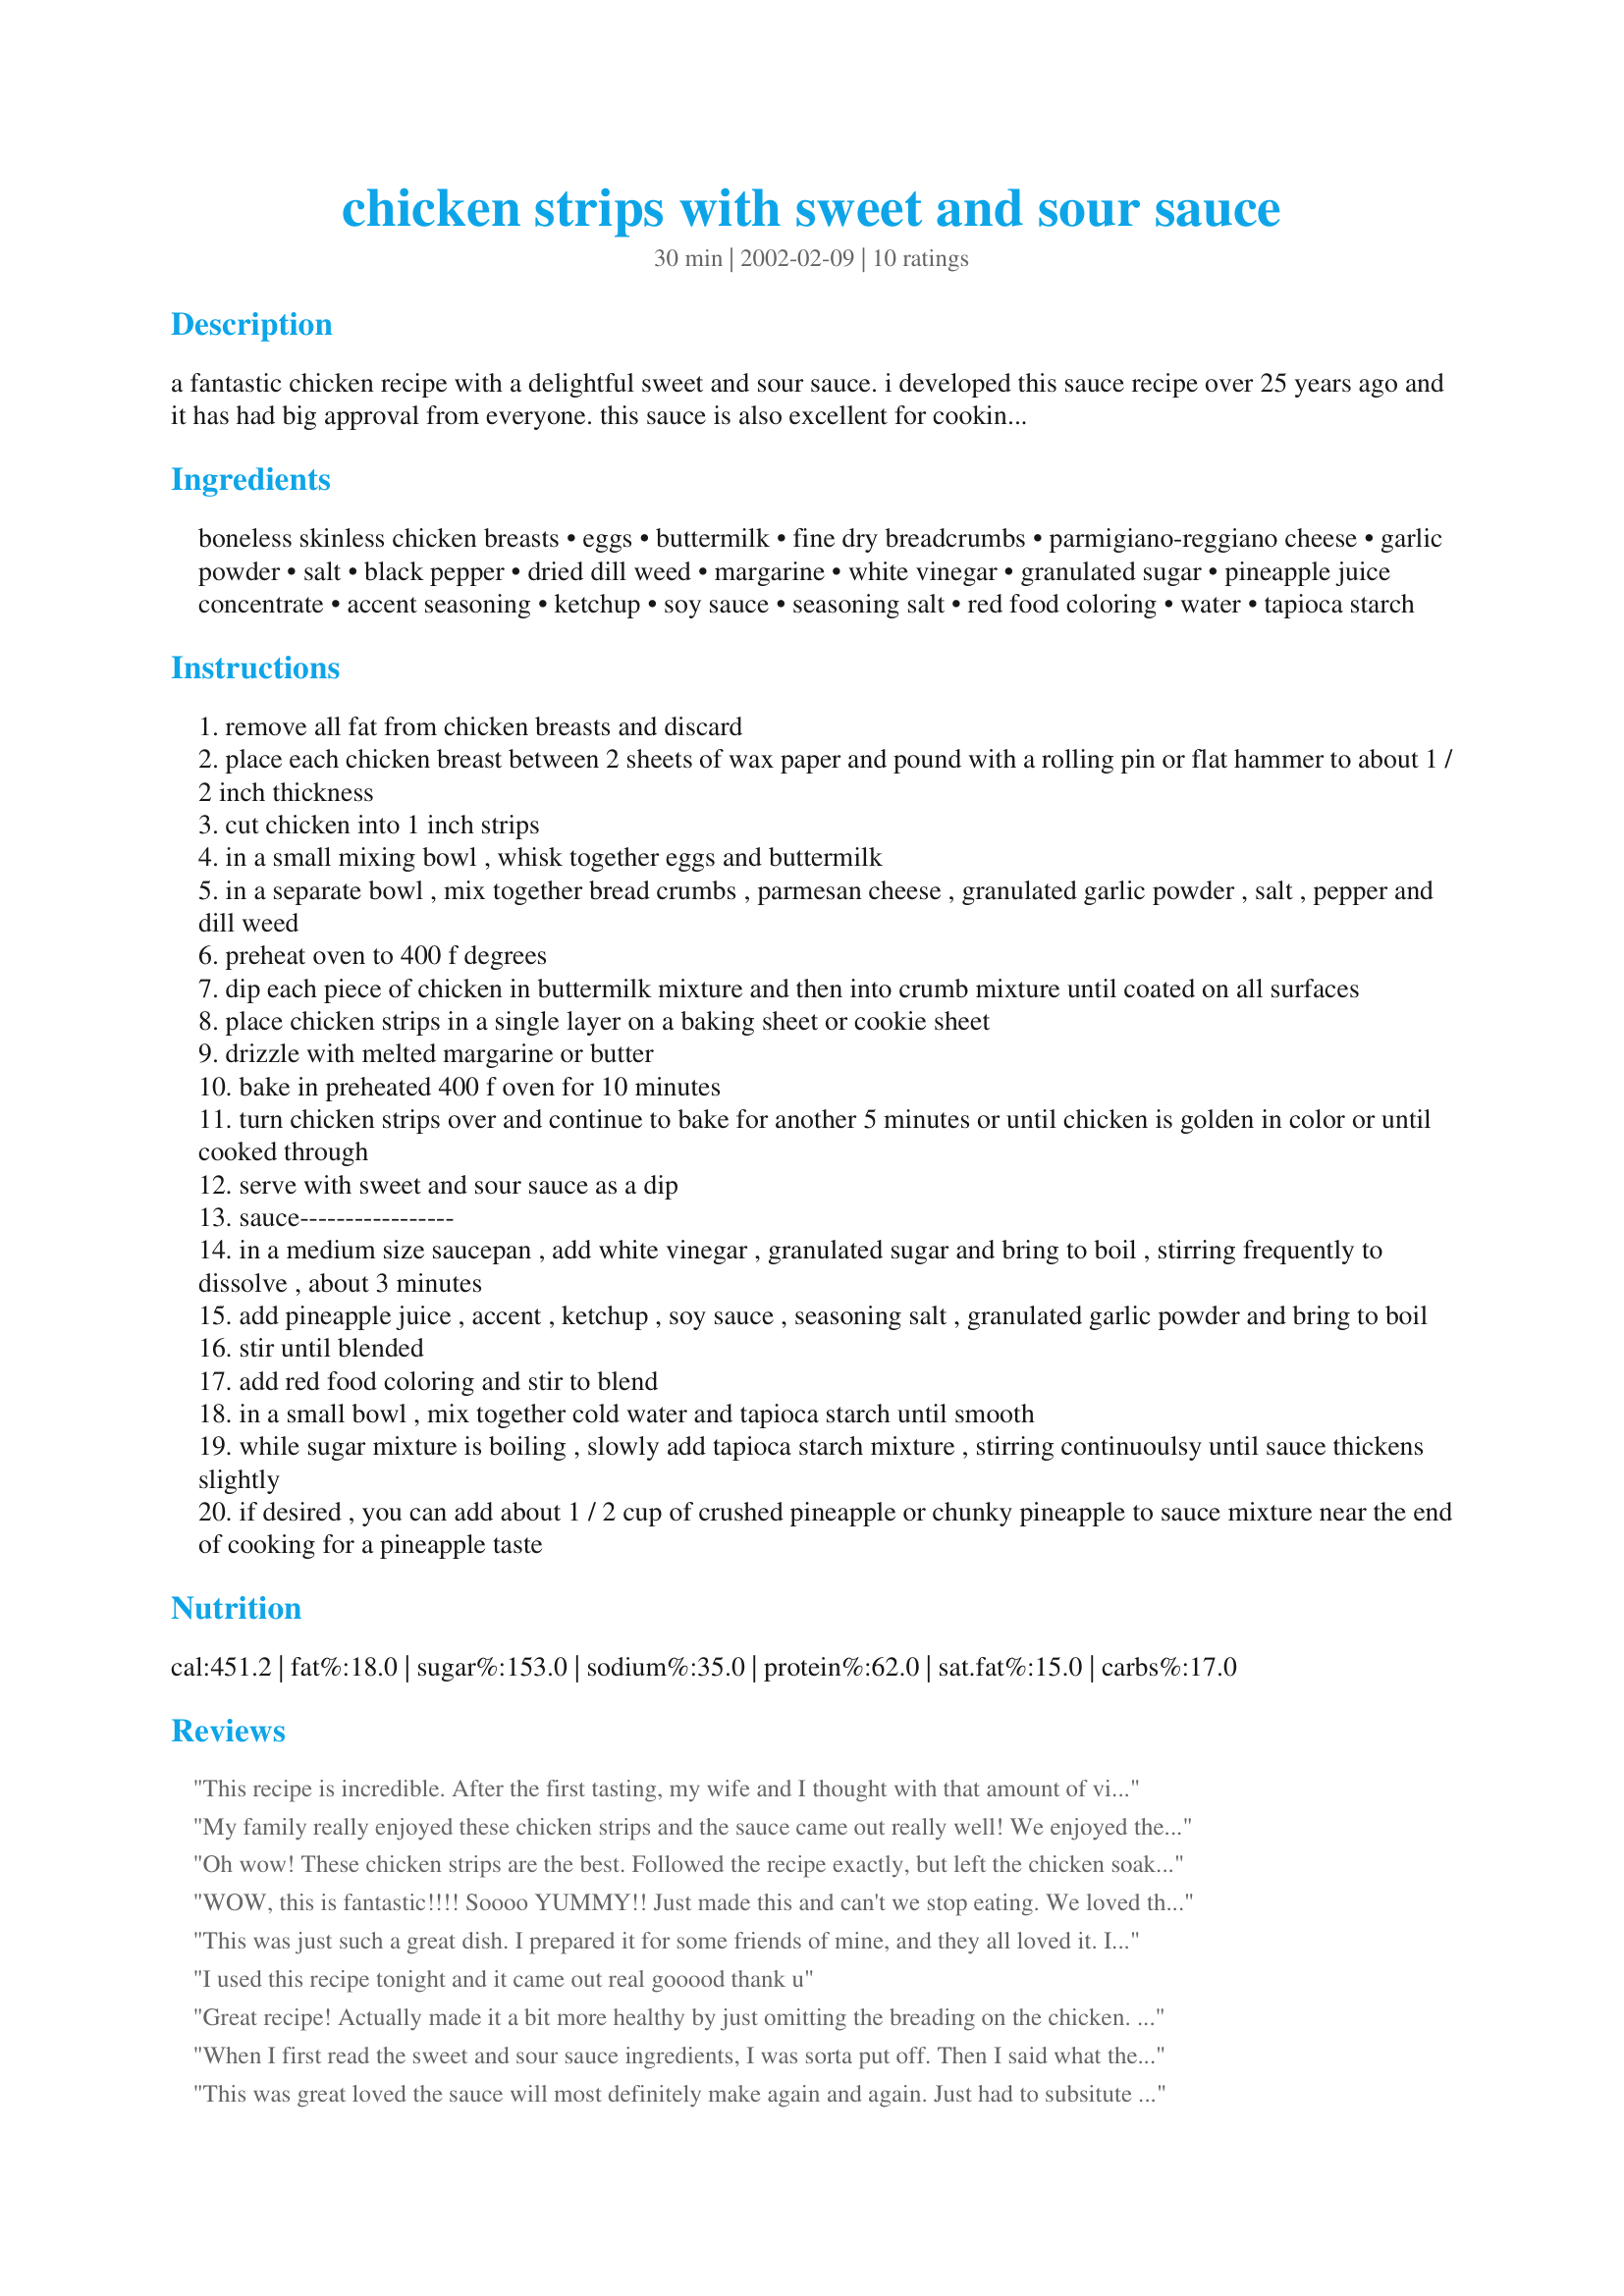
chicken strips with sweet and sour sauce
Preparation time: 30 minutes

a fantastic chicken recipe with a delightful sweet and sour sauce. i developed this sauce recipe over 25 years ago and it has had big approval from everyone. this sauce is also excellent for cooking spare ribs or other chicken in the oven. this recipe can be doubled.

Ingredients:
boneless skinless chicken breasts, eggs, buttermilk, fine dry breadcrumbs, parmigiano-reggiano cheese, garlic powder, salt, black pepper, dried dill weed, margarine, white vinegar, granulated sugar, pineapple juice concentrate, accent seasoning, ketchup, soy sauce, seasoning salt, red food coloring, water, tapioca starch

Steps:
remove all fat from chicken breasts and discard
place each chicken breast between 2 sheets of wax paper and pound with a rolling pin or flat hammer to about 1 / 2 inch thickness
cut chicken into 1 inch strips
in a small mixing bowl , whisk together eggs and buttermilk
in a separate bowl , mix together bread crumbs , parmesan cheese , granulated garlic powder , salt , pepper and dill weed
preheat oven to 400 f degrees
dip each piece of chicken in buttermilk mixture and then into crumb mixture until coated on all surfaces
place chicken strips in a single layer on a baking sheet or cookie sheet
drizzle with melted margarine or butter
bake in preheated 400 f oven for 10 minutes
turn chicken strips over and continue to bake for another 5 minutes or until chicken is golden in color or until cooked through
serve with sweet and sour sauce as a dip
sauce-----------------
in a medium size saucepan , add white vinegar , granulated sugar and bring to boil , stirring frequently to dissolve , about 3 minutes
add pineapple juice , accent , ketchup , soy sauce , seasoning salt , granulated garlic powder and bring to boil
stir until blended
add red food coloring and stir to blend
in a small bowl , mix together cold water and tapioca starch until smooth
while sugar mixture is boiling , slowly add tapioca starch mixture , stirring continuoulsy until sauce thickens slightly
if desired , you can add about 1 / 2 cup of crushed pineapple or chunky pineapple to sauce mixture near the end of cooking for a pineapple taste

Reviews:
This recipe is incredible.
 After the first tasting, my wife and I thought with that amount of vinegar the sauce had to much of a bite. However the flavor was right up our alley. After a few experiments, we started adding a quarter of a cup of cherry juice.
The sauce was a bit sweeter .
This did slow down the thickening process of the sauce, but it's well worth the weight.
My family really enjoyed these chicken strips and the sauce came out really well! We enjoyed the flavors. Thanks so much for the recipe!
Oh wow! These chicken strips are the best. Followed the recipe exactly, but left the chicken soak in the egg mixture for a few minutes before dredging thru the breadcrumbs. Also sprayed every piece with "I Can't Believe It's Butter" before baking in addition to the melted butter drizzle. Second time I've made these and will never look for another breaded chicken recipe. Well done Uncle Bill.
WOW, this is fantastic!!!! 
Soooo YUMMY!! 
Just made this and can't we stop eating. 
We loved this Sweet and Sour Sauce very much. 
My daughter fully used this sauce as a meat loaf at the next night. 
And my husband said we need to add this to weekly rotation.
I squeezed a fresh orange in substitution for pineapple juice and added it. 
It was a splendid flavor! 
Uncle Bill, 
You are a genius definitely! 
I will use this recipe from now on.
Thanks for a great recipe!
This was just such a great dish. I prepared it for some friends of mine, and they all loved it. I do not think anyone left the table hungry. Thanks for sharing, Uncle Bill.
I used this recipe tonight and it came out real gooood thank u
Great recipe! Actually made it a bit more healthy by just omitting the breading on the chicken. Stir-fried up chicken and some green pepper in a little bit of oil. For serving had three dishes: rice, chicken/pepper, and then topped with the excellent sauce (made exactly as in recipe).
When I first read the sweet and sour sauce ingredients, I was sorta put off. Then I said what the hey, if it doesnt turn out, I can always make a quick run to the market.. * 22 miles away* My son and husband LOVE sweet and sour chicken, pork and shrimp. I had EVERYTHING in my pantry. so thought why not.. .Well am so GLAD I Did. I am making this with fortune cookies for dinner tonight. Only thing I omitted was the ACCENT salt. Just added salt and pepper instead. And it turned out GREAT. Rice is on as we speak. I can't wait for my son's review. We go out to the local restraunt in town and he gets two orders.. So will update after dinner* crossing fingers* my husband wont leave the sauce alone in the pan.. am shooing him out of the kitchen.. lol Thanks for a EASY, Have very day things , terrific recipe..
This was great loved the sauce will most definitely make again and again. Just had to subsitute the cheese didin't have on hand. But still excellent
Awesome recipe. My fussy kids favourite.
